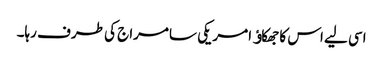
اسی لیے اس کا جھکاﺅ امریکی سامراج کی طرف رہا۔